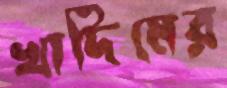
খাদিমের